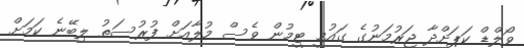
ވޯލްޑް ކަޕަށްދާ ޖަރުމަނުގެ ގައުމީ ޓީމުން ވެސް މުލާއަށް ފުރުސަތު ލިބޭނެ ކަމަށް